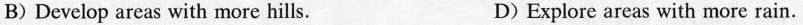
B)Develop areas with more hills. D)Explore areas with more rain.